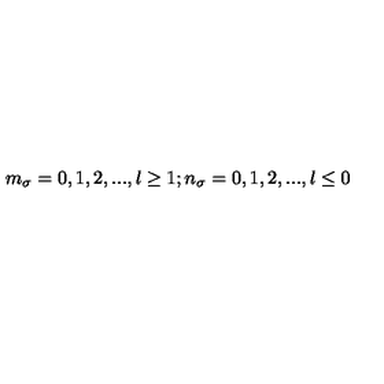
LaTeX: m _ { \sigma } = 0 , 1 , 2 , . . . , l \geq 1 ; n _ { \sigma } = 0 , 1 , 2 , . . . , l \leq 0